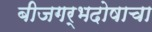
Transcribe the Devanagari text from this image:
बीजगर्भदोषाचा